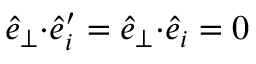
\hat { e } _ { \perp } { \cdot } \hat { e } _ { i } ^ { \prime } = \hat { e } _ { \perp } { \cdot } \hat { e } _ { i } = 0